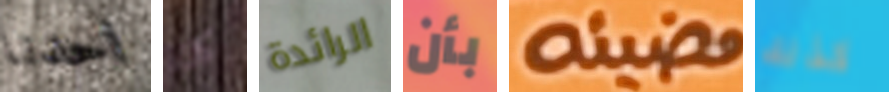
احدنا كان الرائدة بأن مضيئه كذلك